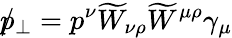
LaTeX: p\llap/_{\bot}=p^{\nu}\widetilde{W}_{\nu\rho}\widetilde{W}^{\mu\rho}\gamma_{\mu}